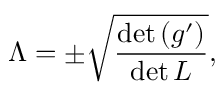
\Lambda = \pm \sqrt { \frac { \operatorname * { d e t } \left( g ^ { \prime } \right) } { \operatorname * { d e t } L } } ,